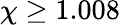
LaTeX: \chi\geq 1.008